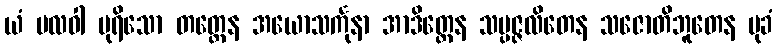
ယံ ဗလဝါ ပုရိသော တတ္တေန အယောသင်္ကုနာ အာဒိတ္တေန သမ္ပဇ္ဇလိတေန သဇောတိဘူတေန မုခံ